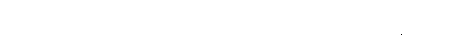
ကို၂၀၁၇ စုပုံလာခြင်း ယင်းအမျိုးသားက ၎င်းအဏုမြူဗုံး ချေးရာတွင်